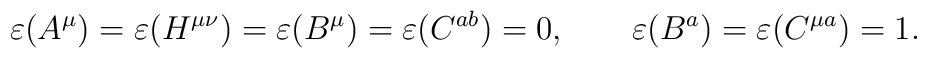
\varepsilon(A^{\mu})=\varepsilon(H^{\mu\nu})=\varepsilon(B^{\mu})= \varepsilon(C^{ab})=0,\qquad \varepsilon(B^{a})=\varepsilon(C^{\mu a})=1.